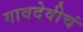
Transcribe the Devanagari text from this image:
गावदेवीचं